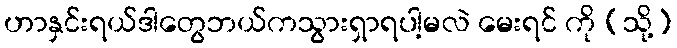
ဟာနှင်းရယ်ဒါတွေဘယ်ကသွားရှာရပါ့မလဲ မေးရင် ကို (သို့)